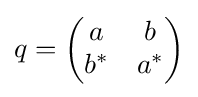
q={\begin{pmatrix}a&b\\b^{*}&a^{*}\end{pmatrix}}